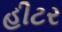
હીટર